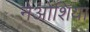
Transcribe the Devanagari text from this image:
नेओशिया